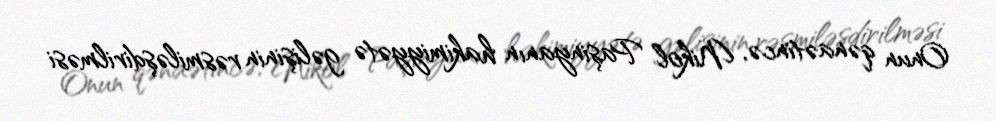
Onun qənaətincə, Nikol Paşinyanın hakimiyyətə gəlişinin rəsmiləşdirilməsi